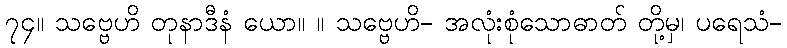
၇၄။ သဗ္ဗေဟိ တုနာဒီနံ ယော။ ။ သဗ္ဗေဟိ- အလုံးစုံသောဓာတ် တို့မှ၊ ပရေသံ-